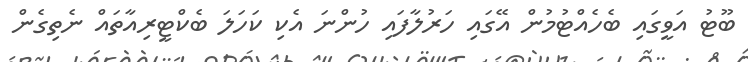
ބޫޓު އަވީގައި ބެހެއްޓުމުން އޭގައި ހަރުލާފައި ހުންނަ އެކި ކަހަލަ ބެކްޓީރިއާތައް ނެތިގެން